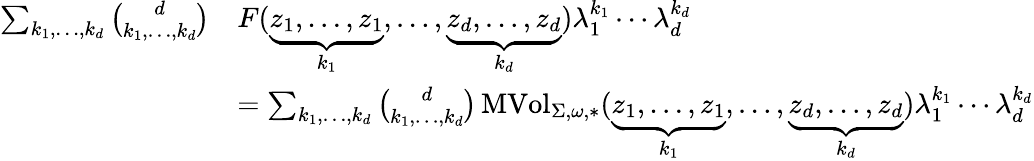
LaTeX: \begin{array}{rl}{\sum_{k_{1},\dots,k_{d}}{\binom{d}{k_{1},\dots,k_{d}}}}&{F(\underbrace{z_{1},\dots,z_{1}}_{k_{1}},\dots,\underbrace{z_{d},\dots,z_{d}}_{k_{d}})\lambda_{1}^{k_{1}}\cdots\lambda_{d}^{k_{d}}}\\ &{=\sum_{k_{1},\dots,k_{d}}{\binom{d}{k_{1},\dots,k_{d}}}\operatorname{MVol}_{\Sigma,\omega,*}(\underbrace{z_{1},\dots,z_{1}}_{k_{1}},\dots,\underbrace{z_{d},\dots,z_{d}}_{k_{d}})\lambda_{1}^{k_{1}}\cdots\lambda_{d}^{k_{d}}}\end{array}